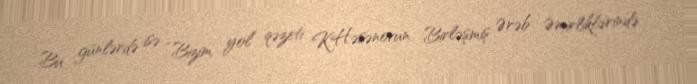
Bu günlərdə isə “Bizim yol” qəzeti K.Həsənovun Birləşmiş Ərəb Əmirliklərində